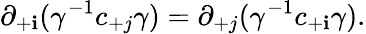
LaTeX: \partial_{+\mathbf{i}}(\gamma^{-1}c_{+j}\gamma)=\partial_{+j}(\gamma^{-1}c_{+\mathbf{i}}\gamma).